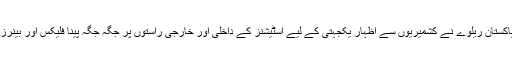
تفصیلات کے مطابق پاکستان ریلوے نے کشمیریوں سے اظہار یکجہتی کے لیے اسٹیشنز کے داخلی اور خارجی راستوں پر جگہ جگہ پینا فلیکس اور بینرز آویزاں کیے گئے ہیں۔